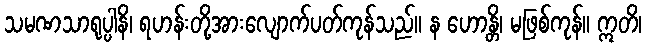
သမဏသာရုပ္ပါနိ၊ ရဟန်းတို့အားလျောက်ပတ်ကုန်သည်။ န ဟောန္တိ၊ မဖြစ်ကုန်။ ဣတိ၊